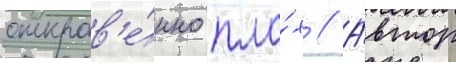
откров'е́нно пло́х // А́втор